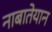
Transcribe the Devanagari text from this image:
नाबातेयान